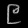
Digit: ၉